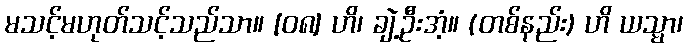
မသင့်မဟုတ်သင့်သည်သာ။ [၀၈] ဟိ၊ ချဲ့ဦးအံ့။ (တစ်နည်း) ဟိ ယသ္မာ၊